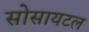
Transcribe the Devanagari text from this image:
सोसायटल